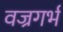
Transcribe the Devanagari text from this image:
वज्रगर्भ